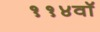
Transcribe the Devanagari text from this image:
११४वॉ